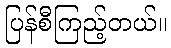
ပြန်စီကြည့်တယ်။